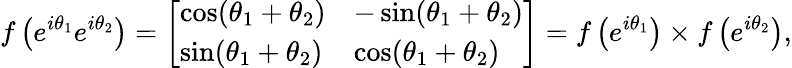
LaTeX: f\left(e^{i\theta_{1}}e^{i\theta_{2}}\right)={\left[\begin{array}{ll}{\cos(\theta_{1}+\theta_{2})}&{-\sin(\theta_{1}+\theta_{2})}\\ {\sin(\theta_{1}+\theta_{2})}&{\cos(\theta_{1}+\theta_{2})}\end{array}\right]}=f\left(e^{i\theta_{1}}\right)\times f\left(e^{i\theta_{2}}\right),